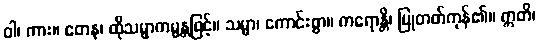
ဝါ၊ ကား။ တေန၊ ထိုသမ္မာကမ္မန္တဖြင့်။ သမ္မာ၊ ကောင်းစွာ။ ကရောန္တိ၊ ပြုတတ်ကုန်၏။ ဣတိ၊